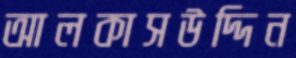
আলকাসউদ্দিন